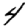
Digit: 4